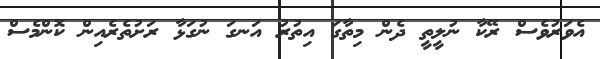
އެވަރުވެސް ރޭކާ ނުލީތީ ދެން މިތާގަ އިތުރު އަނގަ ނުގަޅާ ރަށުތެރެއިން ކޮންމެސް